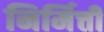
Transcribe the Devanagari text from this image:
निर्मित्ती